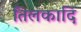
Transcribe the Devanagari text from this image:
तिलकादि